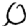
Digit: 0